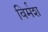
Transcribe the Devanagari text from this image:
विर्मश